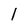
Character: l